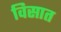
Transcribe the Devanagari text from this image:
विसात